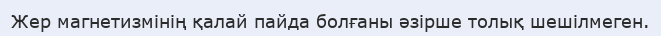
Жер магнетизмінің қалай пайда болғаны әзірше толық шешілмеген.